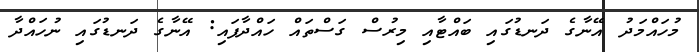
މުހައްމަދު އޭނާގެ ދަނޑުގައި ބައްޓާއި މިރުސް ގަސްތައް ހައްދާފައި: އޭނާގެ ދަނޑުގައި ނުހައްދާ